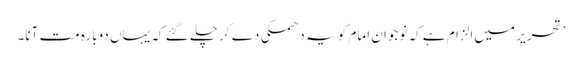
’ تحریر میں الزام ہے کہ نوجوان امام کو یہ دھمکی دے کر چلے گئے کہ یہاں دوبارہ مت آنا۔